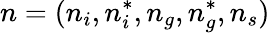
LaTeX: n=(n_{i},n_{i}^{*},n_{g},n_{g}^{*},n_{s})